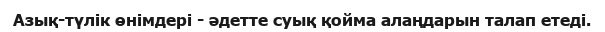
Азық-түлік өнімдері - әдетте суық қойма алаңдарын талап етеді.